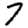
Digit: 7